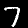
Digit: 7